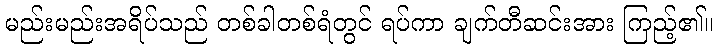
မည်းမည်းအရိပ်သည် တစ်ခါတစ်ရံတွင် ရပ်ကာ ချက်တီဆင်းအား ကြည့်၏။